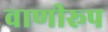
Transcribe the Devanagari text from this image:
वाणीरूप